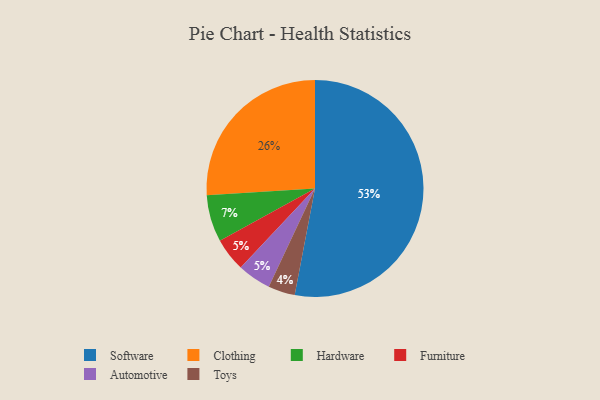
{"axis": {"x": "Category", "y": "Percentage"}, "legend": ["Automotive", "Clothing", "Furniture", "Hardware", "Software", "Toys"], "data": [{"x": "Hardware", "y": 7, "type": "Hardware"}, {"x": "Furniture", "y": 5, "type": "Furniture"}, {"x": "Automotive", "y": 5, "type": "Automotive"}, {"x": "Toys", "y": 4, "type": "Toys"}, {"x": "Clothing", "y": 26, "type": "Clothing"}, {"x": "Software", "y": 53, "type": "Software"}]}